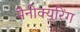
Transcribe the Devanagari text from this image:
मैनीक्यूरिंग